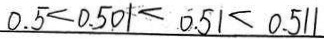
0 . 5 < 0 . 5 0 1 < 0 . 5 1 < 0 . 5 1 1